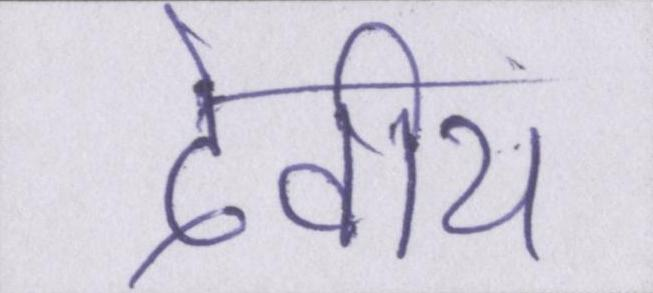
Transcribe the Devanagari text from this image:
देवीय